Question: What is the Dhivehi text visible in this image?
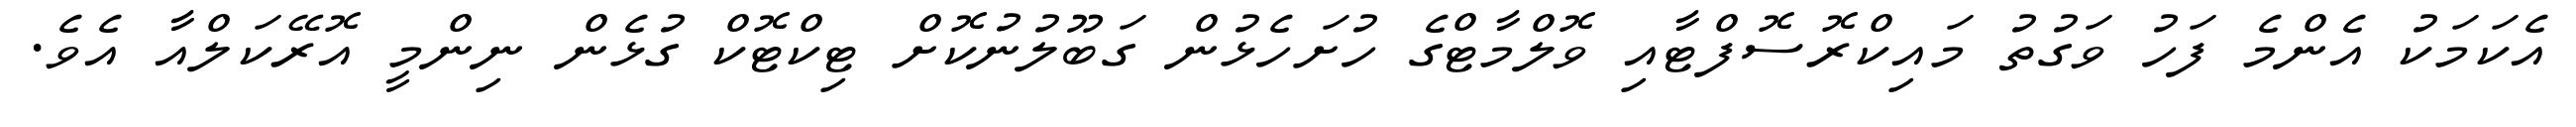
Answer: އެކަމަކު އެންމެ ފަހު ވަގުތު މައިކްރޮސޮފްޓާއި ވޮލްމާޓްގެ ހުށަހެޅުން ގަބޫލުނުކޮށް ޓިކްޓޮކް ގުޅެން ނިންމީ އޮރޭކަލްއާ އެވެ.